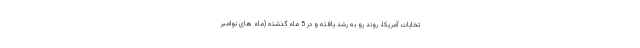
تخابات آمریکا، روند رو به رشد یافته و در 5 ماه گذشته (ماه های نوامبر